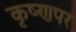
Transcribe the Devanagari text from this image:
कृष्णपर